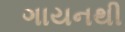
ગાયનથી